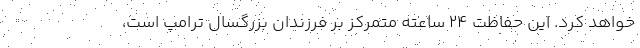
خواهد کرد. این حفاظت ۲۴ ساعته متمرکز بر فرزندان بزرگسال ترامپ است،